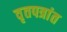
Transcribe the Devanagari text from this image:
वृतपत्रांत